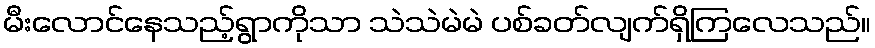
မီးလောင်နေသည့်ရွာကိုသာ သဲသဲမဲမဲ ပစ်ခတ်လျက်ရှိကြလေသည်။